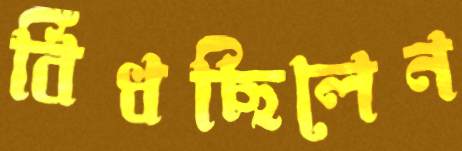
বিঁধছিলেন